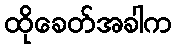
ထိုခေတ်အခါက